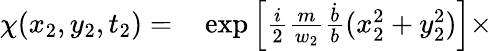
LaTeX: \begin{array}{rl}{\chi(x_{2},y_{2},t_{2})=}&{{}\exp\left[{\frac{i}{2}\frac{m}{w_{2}}\frac{\dot{b}}{b}(x_{2}^{2}+y_{2}^{2})}\right]\times}\end{array}